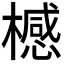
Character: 𣛴